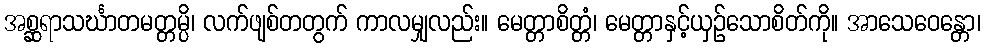
အစ္ဆရာသင်္ဃာတမတ္တမ္ပိ၊ လက်ဖျစ်တတွက် ကာလမျှလည်း။ မေတ္တာစိတ္တံ၊ မေတ္တာနှင့်ယှဉ်သောစိတ်ကို။ အာသေဝေန္တော၊